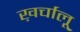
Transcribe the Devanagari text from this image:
ख़र्चालू